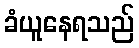
ခံယူနေရသည်